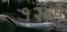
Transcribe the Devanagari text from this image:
१२वर्षे